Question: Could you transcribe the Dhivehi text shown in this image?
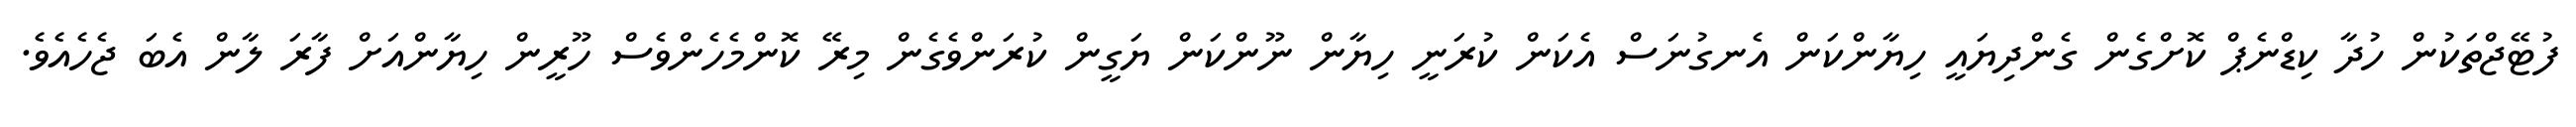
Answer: ފުޓޭޖްތަކުން ހުދާ ކިޑްނެޕް ކޮށްގެން ގެންދިޔައީ ހިޔާންކަން އެނގުނަސް އެކަން ކުރަނީ ހިޔާން ނޫންކަން ޔަގީން ކުރަންވެގެން މިރޭ ކޮންމެހެންވެސް ހޫރީން ހިޔާންއަށް ފާރަ ލާން އެބަ ޖެހެއެވެ.